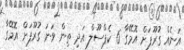
އަނެއް ގުރޫޕަށް އޮމޭގާ 6 ކެޕްސޫލް އަދި ތިން ވަނަ ގުރޫޕަށް އޮމޭގާ